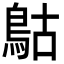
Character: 𩿵